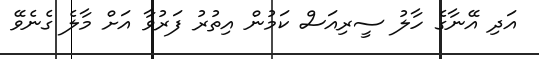
އަދި އޭނާގެ ހާލު ސީރިއަސް ކަމުން އިތުރު ފަރުވާ އަށް މާލެ ގެނެވޭ